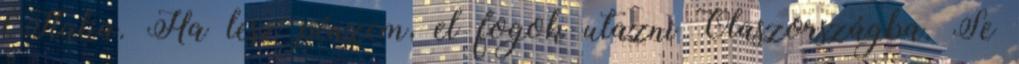
l’Italia. Ha lesz pénzem, el fogok utazni Olaszországba. Se